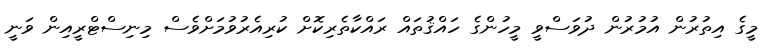
މީގެ އިތުރުން އުމުރުން ދުވަސްވީ މީހުންގެ ހައްޤުތައް ރައްކާތެރިކޮށް ކުރިއެރުވުމަށްވެސް މިނިސްޓްރީއިން ވަނީ